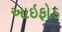
આઇફોડ